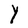
Character: Y